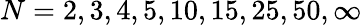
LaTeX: N=2,3,4,5,10,15,25,50,\infty